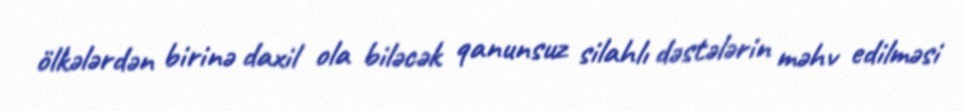
ölkələrdən birinə daxil ola biləcək qanunsuz silahlı dəstələrin məhv edilməsi